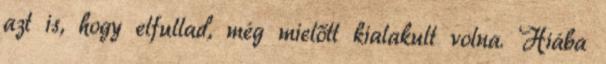
azt is, hogy elfullad, még mielőtt kialakult volna. Hiába